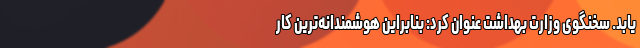
یابد. سخنگوی وزارت بهداشت عنوان کرد: بنابراین هوشمندانه‌‌ترین کار